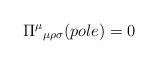
LaTeX: \begin{align*}\Pi^{\mu}{}_{\mu\rho\sigma}(pole)=0\end{align*}